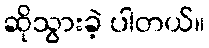
ဆိုသွားခဲ့ ပါတယ်။